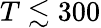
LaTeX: T\lesssim 300